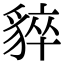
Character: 𧳚